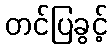
တင်ပြခွင့်